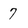
Character: 7